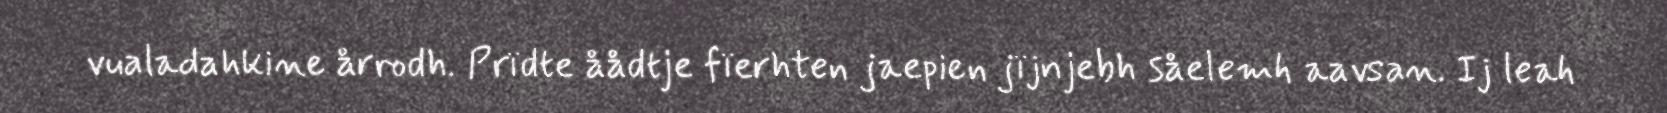
vualadahkine årrodh. Prïdte åådtje fïerhten jaepien jïjnjebh såelemh aavsan. Ij leah